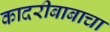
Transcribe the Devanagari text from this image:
कादरीबाबाचा